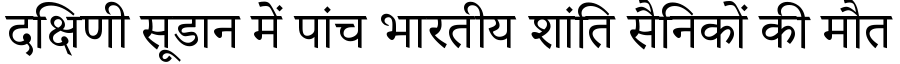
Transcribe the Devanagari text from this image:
दक्षिणी सूडान में पांच भारतीय शांति सैनिकों की मौत